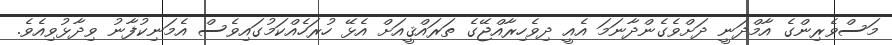
މަސްވެރިންގެ އާމްދަނީ ދަށްވެގެންދާނަމަ އެއީ ދިވެހިރާއްޖޭގެ ތަރައްޤީއަށް އެޅޭ ހުރަހެއްކަމުގައިވެސް އެމަނިކުފާނު ވިދާޅުވިއެވެ.